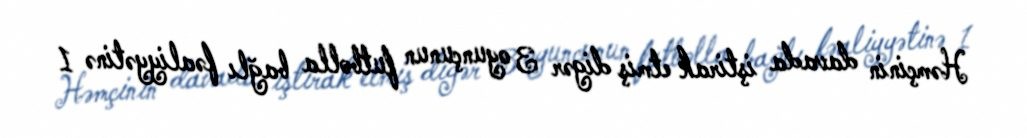
Həmçinin davada iştirak etmiş digər 3 oyunçunun futbolla bağlı fəaliyyətinə 1